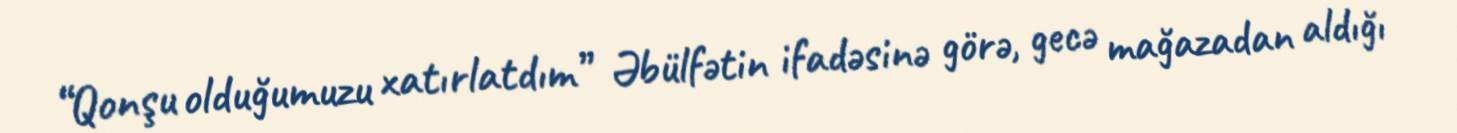
“Qonşu olduğumuzu xatırlatdım” Əbülfətin ifadəsinə görə, gecə mağazadan aldığı